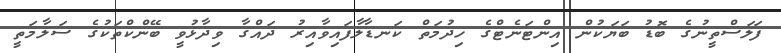
ފަލަސްތީނުގެ ބޮޑު ބަޔަކުން އިންޓަނެޓްގެ ހިދުމަތް ކަނޑާލާފައިވާއިރު ދައްގާ ވިދާޅުވީ ބޭންކްތަކުގެ ސަލާމަތީ